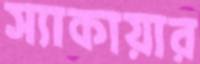
স্যাকায়ার